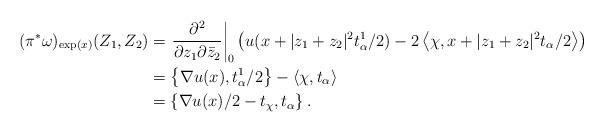
LaTeX: \begin{align*}(\pi^*\omega)_{\exp(x)}(Z_1,Z_2) &= \left.\frac{\partial^2}{\partial z_1 \partial \bar{z}_2}\right|_0 \left( u(x+|z_1+z_2|^2t_{\alpha}^1/2)-2\left<\chi, x+|z_1+z_2|^2t_{\alpha}/2\right> \right)\\& =\left\{\nabla u(x), t_{\alpha}^1/2\right\} - \left< \chi, t_{\alpha} \right> \\& =\left\{\nabla u(x)/2 - t_{\chi}, t_{\alpha} \right\}.\end{align*}